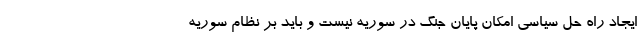
ایجاد راه حل سیاسی امکان پایان جنگ در سوریه نیست و باید بر نظام سوریه